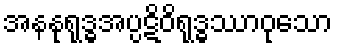
အနနုရုဒ္ဓအပ္ပဋိဝိရုဒ္ဓဿာဝုသော